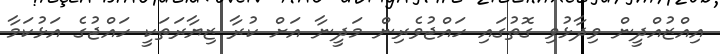
އިއްޒުއްދީން ވިދާޅުވި ގޮތުގައި ހައްޖުވެރިން މަދީނާ އަށް ކުރާ ޒިޔާރަތަކީ ހައްޖުގެ އަޅުކަމާ